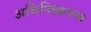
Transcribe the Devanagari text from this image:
अभिनिष्क्रमण